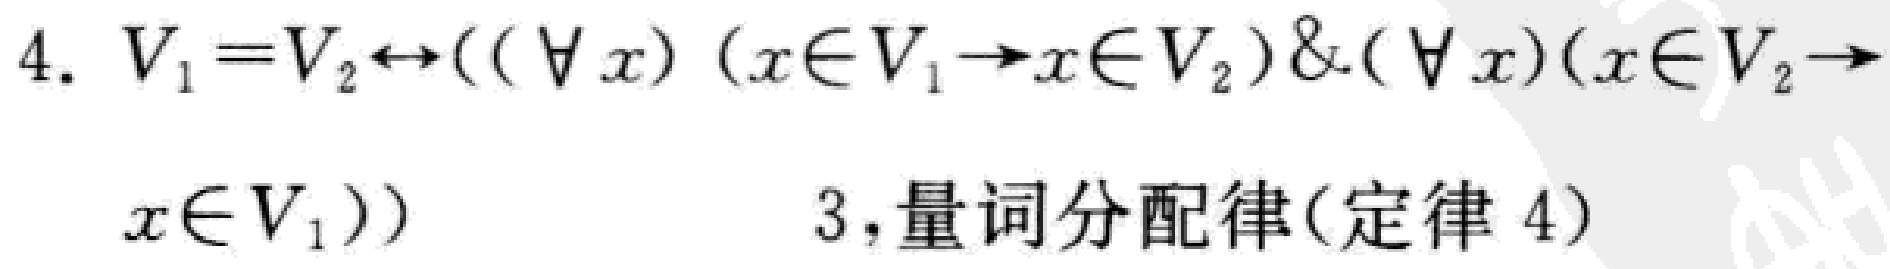
4. \(V_{1} = V_{2} \leftrightarrow ((\forall x)(x\in V_{1}\to x\in V_{2})\&(\forall x)(x\in V_{2}\to x\in V_{1}))\)
3,量词分配律(定律4)